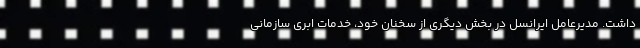
داشت. مدیرعامل ایرانسل در بخش دیگری از سخنان خود، خدمات ابری سازمانی